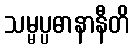
သမ္မပ္ပဓာနာနီတိ